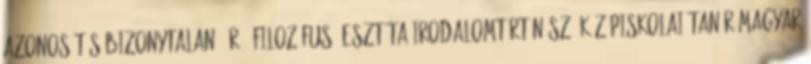
azonosítás bizonytalan író, filozófus, esztéta irodalomtörténész, középiskolai tanár magyar